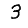
Digit: 3